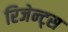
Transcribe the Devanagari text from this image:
रिजेन्ट्स